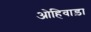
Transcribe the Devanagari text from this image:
ओहिवाड़ा